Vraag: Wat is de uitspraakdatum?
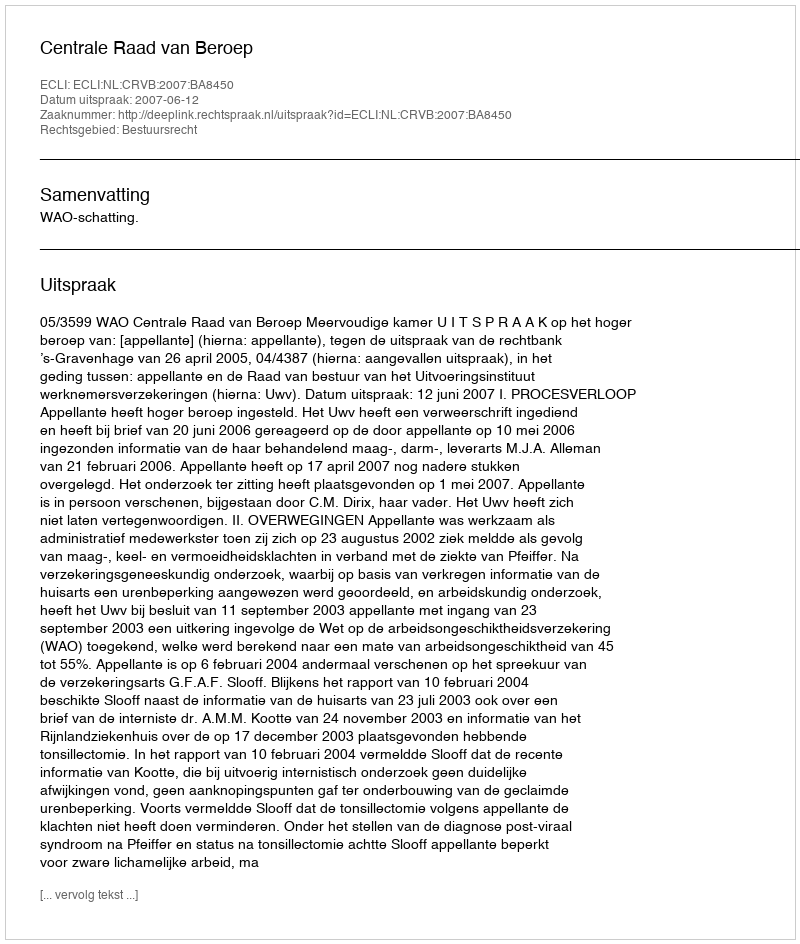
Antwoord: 2007-06-12